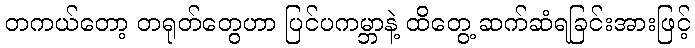
တကယ်တော့ တရုတ်တွေဟာ ပြင်ပကမ္ဘာနဲ့ ထိတွေ့ ဆက်ဆံရခြင်းအားဖြင့်